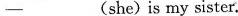
5.-What\underlinebe)those?